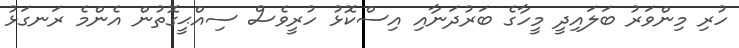
ހުރި މިންވަރު ބަލައިދީ މީހާގެ ބަރުދަނާއި އިސްކޮޅު ހުރީވެސް ސިއްޙީގޮތުން އެންމެ ރަނގަޅު